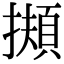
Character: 𢶄